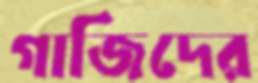
গাজিদের